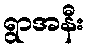
ရွာအနီး